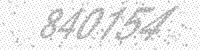
Solution: 840154